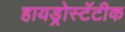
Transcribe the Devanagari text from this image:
हायड्रोस्टॅटीक